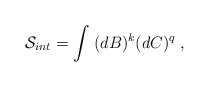
\begin{align*}\mathcal{S}_{int}=\int \;(dB)^k(dC)^q\;, \end{align*}